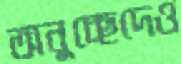
অনুচ্ছেদেও